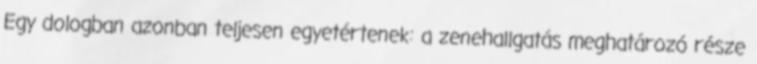
Egy dologban azonban teljesen egyetértenek: a zenehallgatás meghatározó része